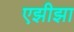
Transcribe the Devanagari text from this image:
एझीझा